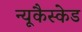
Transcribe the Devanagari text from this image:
न्यूकैस्केड